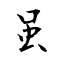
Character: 虽